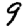
Digit: 9